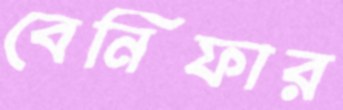
বেনিফার